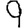
Digit: 9